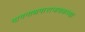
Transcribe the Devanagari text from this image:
नागनाथपाराजवळच्या